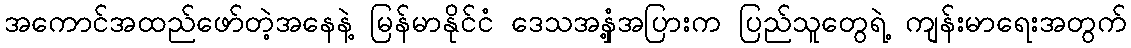
အကောင်အထည်ဖော်တဲ့အနေနဲ့ မြန်မာနိုင်ငံ ဒေသအနှံ့အပြားက ပြည်သူတွေရဲ့ ကျန်းမာရေးအတွက်